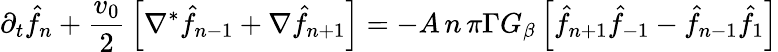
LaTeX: \partial_{t}\hat{f}_{n}+{\frac{v_{0}}{2}}\left[\nabla^{*}\hat{f}_{n-1}+\nabla\hat{f}_{n+1}\right]=-A\, n\, \pi\Gamma G_{\beta}\left[\hat{f}_{n+1}\hat{f}_{-1}-\hat{f}_{n-1}\hat{f}_{1}\right]